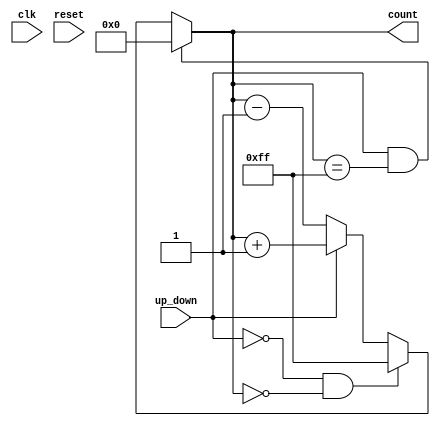
module UpDownCounter (
  input wire clk,             // Clock input
  input wire reset,           // Reset signal
  input wire up_down,         // Control input to switch between up and down modes
  output reg [7:0] count      // Output count value with 8-bit width
);

// Register to store the current count value
reg [7:0] count_reg;

// Comparator to check for overflow or underflow conditions
always @(*) begin
  if (up_down == 1'b1 && count_reg == 8'b11111111) begin  // Check for overflow in up mode
    count_reg <= 8'b00000000;
  end else if (up_down == 1'b0 && count_reg == 8'b00000000) begin  // Check for underflow in down mode
    count_reg <= 8'b11111111;
  end else begin
    count_reg <= up_down ? count_reg + 1 : count_reg - 1;  // Increment or decrement count value based on control input
  end
end

// Assign output signal
assign count = count_reg;

endmodule